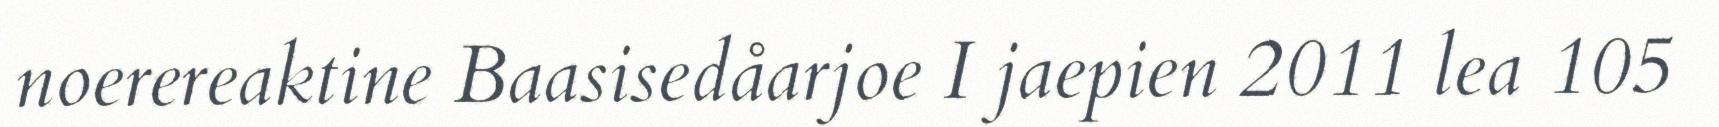
noerereaktine Baasisedåarjoe I jaepien 2011 lea 105